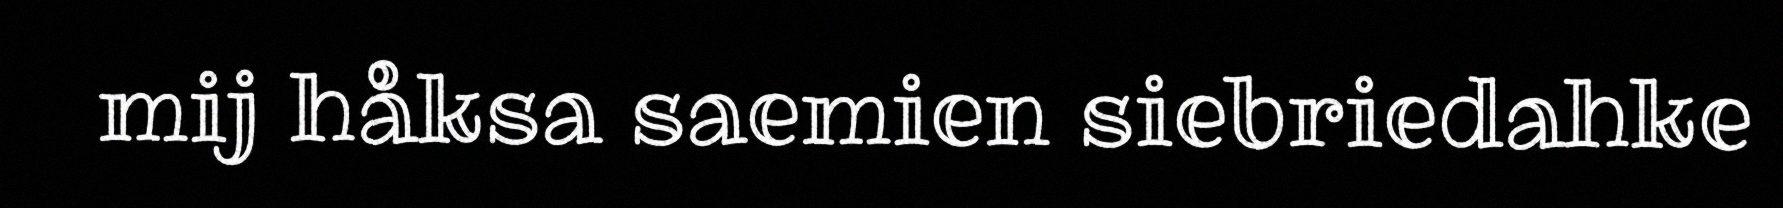
mij håksa saemien siebriedahke